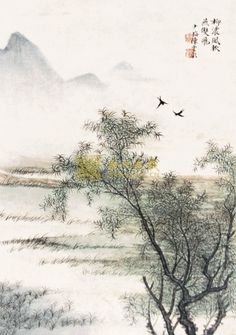
最是一年春好处，绝胜烟柳满皇都。